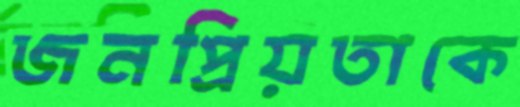
জনপ্রিয়তাকে